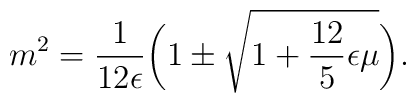
m^2 = \frac{1}{12 \epsilon} \biggl( 1 \pm \sqrt{ 1 + \frac{12}{5} \epsilon\mu}\biggr).